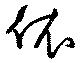
依